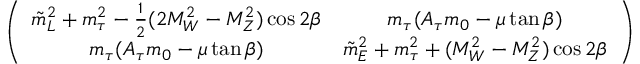
\left( \begin{array} { c c } { { \tilde { m } _ { L } ^ { 2 } + m _ { \tau } ^ { 2 } - \frac { 1 } { 2 } ( 2 M _ { W } ^ { 2 } - M _ { Z } ^ { 2 } ) \cos 2 \beta } } & { { m _ { \tau } ( A _ { \tau } m _ { 0 } - \mu \tan \beta ) } } \\ { { m _ { \tau } ( A _ { \tau } m _ { 0 } - \mu \tan \beta ) } } & { { \tilde { m } _ { E } ^ { 2 } + m _ { \tau } ^ { 2 } + ( M _ { W } ^ { 2 } - M _ { Z } ^ { 2 } ) \cos 2 \beta } } \end{array} \right) \nonumber